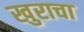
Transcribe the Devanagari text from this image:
खुराचा